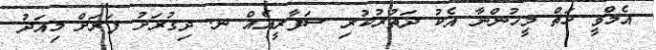
އެމްވީ ހަތް މީހުންނާ އެކު ދަތުރުކުރި ސަފާރީއެއް ނ. ދިގުރަށު ފަރަށް މިއަދު